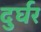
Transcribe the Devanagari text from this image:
दुर्घर